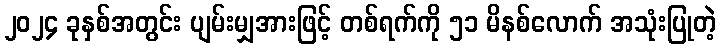
၂၀၂၄ ခုနှစ်အတွင်း ပျမ်းမျှအားဖြင့် တစ်ရက်ကို ၅၁ မိနစ်လောက် အသုံးပြုတဲ့